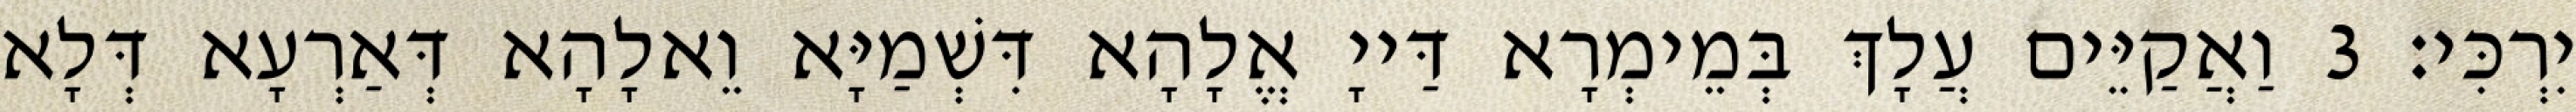
יִרְכִּי׃ 3 וַאֲקַיֵּים עֲלָךְ בְּמֵימְרָא דַּייָ אֱלָהָא דִּשְׁמַיָּא וֵאלָהָא דְּאַרְעָא דְּלָא